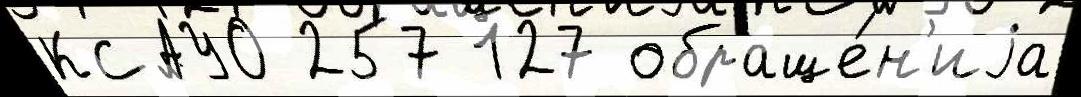
КСАУО 257 127 обраще́н'иjа